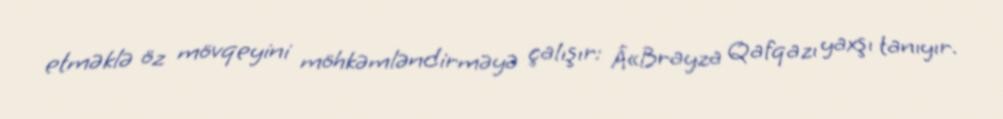
etməklə öz mövqeyini möhkəmləndirməyə çalışır: Â«Brayza Qafqazı yaxşı tanıyır.